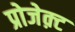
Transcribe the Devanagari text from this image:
प्रोजेक़्ट